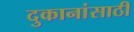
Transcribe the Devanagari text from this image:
दुकानांसाठी